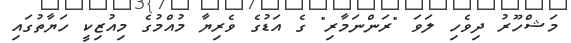
މަޝްހޫރު ދިވެހި ލަވަ "ރަންނަމާރި" ގެ އަޑުގެ ވެރިޔާ މުއްމުގެ މިއުޒިކީ ހަޔާތުގައި